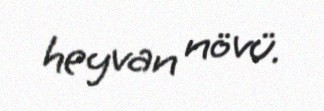
heyvan növü.